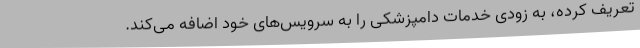
تعریف کرده، به زودی خدمات دامپزشکی را به سرویس‌های خود اضافه می‌کند.